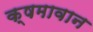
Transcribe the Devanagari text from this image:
क्षमावान